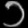
Digit: ၁